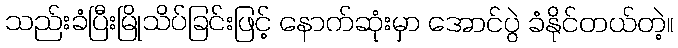
သည်းခံပြီးမြိုသိပ်ခြင်းဖြင့် နောက်ဆုံးမှာ အောင်ပွဲ ခံနိုင်တယ်တဲ့။